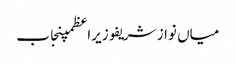
میاں نواز شریفوزیراعظمپنجاب